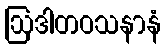
ဩဒါတဝသနာနံ